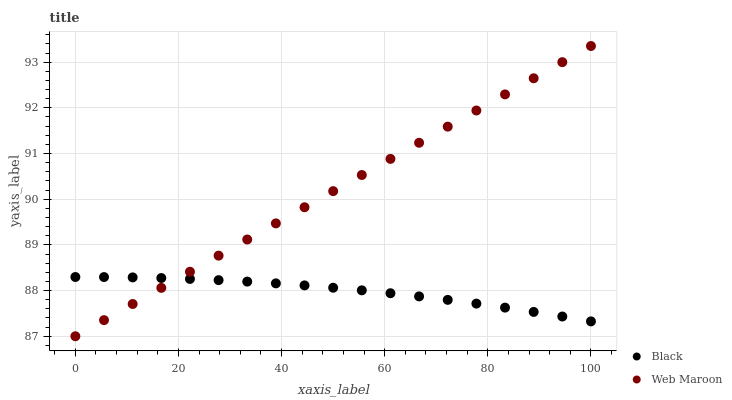
| xaxis_label | Black | Web Maroon |
 | --- | --- | --- |
 | 0 | 88.3 | 87 |
 | 5.56 | 88.3 | 87.4 |
 | 11.1 | 88.3 | 87.7 |
 | 16.7 | 88.3 | 88.1 |
 | 22.2 | 88.3 | 88.4 |
 | 27.8 | 88.2 | 88.8 |
 | 33.3 | 88.2 | 89.1 |
 | 38.9 | 88.2 | 89.5 |
 | 44.4 | 88.1 | 89.8 |
 | 50 | 88.1 | 90.2 |
 | 55.6 | 88 | 90.5 |
 | 61.1 | 87.9 | 90.9 |
 | 66.7 | 87.9 | 91.2 |
 | 72.2 | 87.8 | 91.6 |
 | 77.8 | 87.7 | 91.9 |
 | 83.3 | 87.6 | 92.3 |
 | 88.9 | 87.5 | 92.6 |
 | 94.4 | 87.4 | 93 |
 | 100 | 87.3 | 93.4 |